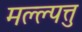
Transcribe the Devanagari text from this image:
मल्ल्पत्तु